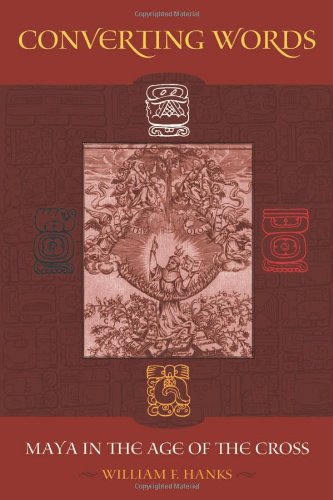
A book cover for Converting Words: Maya in the Age of the Cross; William F. Hanks; History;